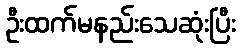
ဦးထက်မနည်းသေဆုံးပြီး